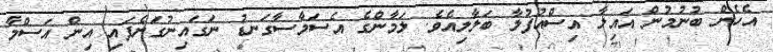
އެހެން ބުނުުމުން އައިލާ އިސްއުފުލާ ބަލާލިއެވެ. ލަމާންގެ އެެސަމާސާގަނޑު ނަގައިނުގަނެފައި އިން އަސްމާ